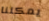
يمكننا